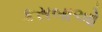
કસબાઓ